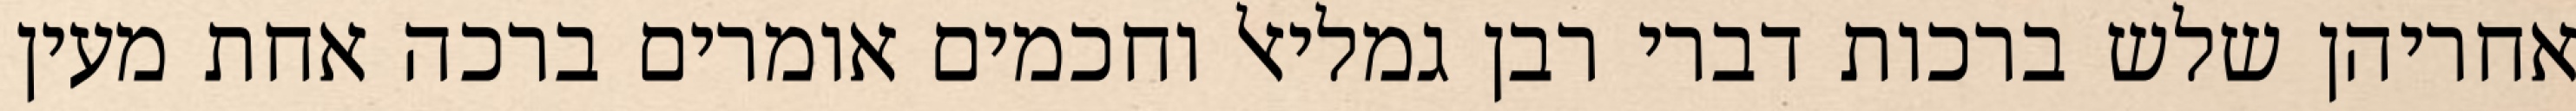
אחריהן שלש ברכות דברי רבן גמליאל וחכמים אומרים ברכה אחת מעין